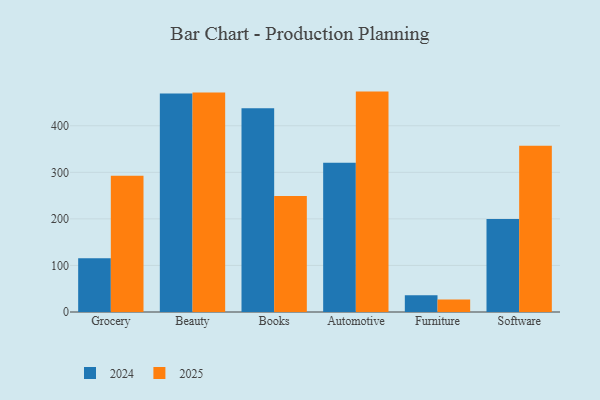
{"axis": {"x": "Category", "y": "Shipments"}, "legend": ["2024", "2025"], "data": [{"x": "Grocery", "y": 292.5, "type": "2025"}, {"x": "Grocery", "y": 115.2, "type": "2024"}, {"x": "Beauty", "y": 471.2, "type": "2025"}, {"x": "Beauty", "y": 469.2, "type": "2024"}, {"x": "Books", "y": 249.4, "type": "2025"}, {"x": "Books", "y": 437.6, "type": "2024"}, {"x": "Automotive", "y": 473.4, "type": "2025"}, {"x": "Automotive", "y": 320.7, "type": "2024"}, {"x": "Furniture", "y": 27.0, "type": "2025"}, {"x": "Furniture", "y": 35.9, "type": "2024"}, {"x": "Software", "y": 356.9, "type": "2025"}, {"x": "Software", "y": 199.9, "type": "2024"}]}